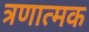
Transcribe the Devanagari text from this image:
त्रणात्मक